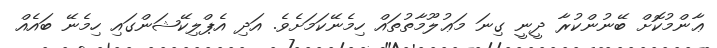
ޢާންމުކޮށް ބޭނުންކުރާ ދީނީ ގިނަ މަޢުލޫމާތުތައް ހިމެނޭކަމަށެވެ. އަދި އެޕްލިކޭޝަންގައި ހިމެނޭ ބައެއް